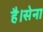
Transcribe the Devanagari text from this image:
है।सेना